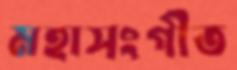
মহাসংগীত